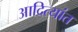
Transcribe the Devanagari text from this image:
आदित्यांत